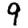
Digit: 9